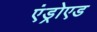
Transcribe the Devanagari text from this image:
एंड्रोएड